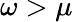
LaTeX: \omega>\mu